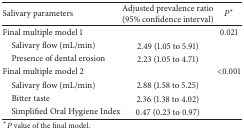
| Salivary parameters | Adjusted prevalence ratio(95% confidence interval) | P* |
 | --- | --- | --- |
 | Final multiple model 1 |  | 0.021 |
 | Salivary flow (mL/min) | 2.49 (1.05 to 5.91) |  |
 | Presence of dental erosion | 2.23 (1.05 to 4.71) |  |
 | Final multiple model 2 |  | <0.001 |
 | Salivary flow (mL/min) | 2.88 (1.58 to 5.25) |  |
 | Bitter taste | 2.36 (1.38 to 4.02) |  |
 | Simplified Oral Hygiene Index | 0.47 (0.23 to 0.97) |  |